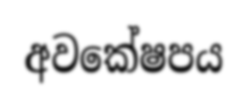
අවකේෂපය